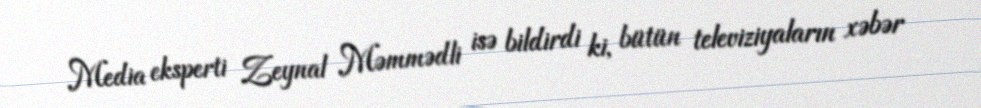
Media eksperti Zeynal Məmmədli isə bildirdi ki, bütün televiziyaların xəbər